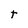
Character: t